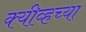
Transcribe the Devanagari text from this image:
क्यीव्हच्या